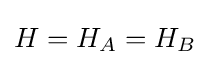
H=H_{A}=H_{B}